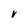
Character: r